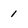
Character: 1